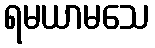
ရမယာမသေ